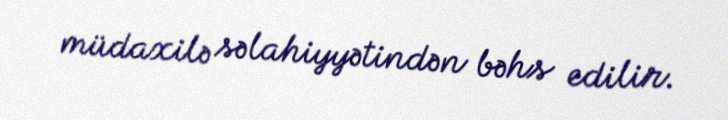
müdaxilə səlahiyyətindən bəhs edilir.